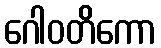
ဂေါဝတိကော